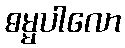
ဓမ္မပါလော